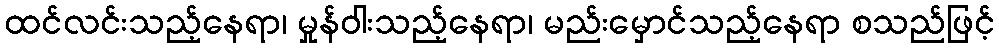
ထင်လင်းသည့်နေရာ၊ မှုန်ဝါးသည့်နေရာ၊ မည်းမှောင်သည့်နေရာ စသည်ဖြင့်